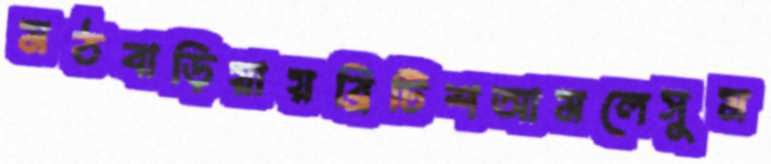
মঠবাড়িয়ায়ব্রিটিশআমলেসুম